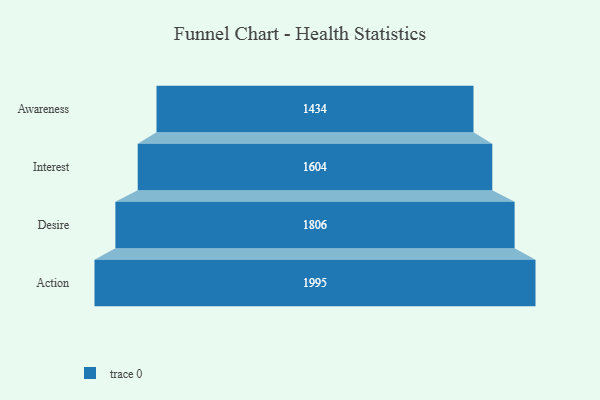
{"axis": {"x": "Stage", "y": "Value"}, "legend": [""], "data": [{"x": "Awareness", "y": 1434.0, "type": ""}, {"x": "Interest", "y": 1604.0, "type": ""}, {"x": "Desire", "y": 1806.0, "type": ""}, {"x": "Action", "y": 1995.0, "type": ""}]}